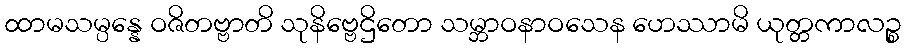
ထာမသမ္ပန္နေ ဝဇိတဗ္ဗာတိ သုနိဗ္ဗေဌိတော သမ္ဘာဝနာဝသေန ဟေဿာမိ ယုတ္တကာလဉ္စ